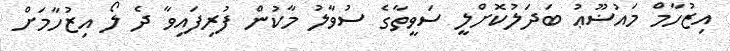
އިޒުހާމް މައުޟޫޢު ބަދަލުކޮށްލީ ސަވީތާގެ ސުވާލު މާކުން ފުރިފައިވާ ދެ ލޯ އިޒުހާމަށް